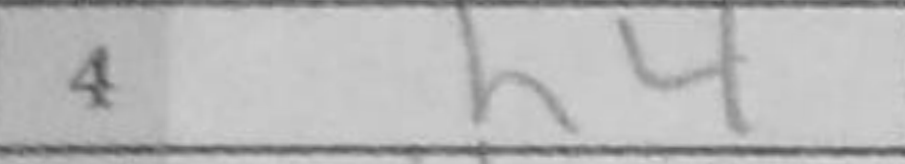
Transcription: h4